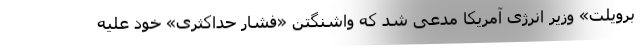
برویلت» وزیر انرژی آمریکا مدعی شد که واشنگتن «فشار حداکثری» خود علیه